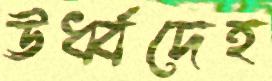
ঊর্ধ্বদেহ